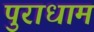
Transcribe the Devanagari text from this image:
पुराधाम